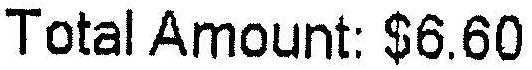
TOTAL AMOUNT: $6.60